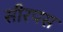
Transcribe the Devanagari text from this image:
सीरपस